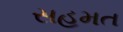
સહમત